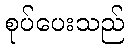
စုပ်ပေးသည်